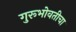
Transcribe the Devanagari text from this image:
गुरूभोवतीचा